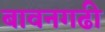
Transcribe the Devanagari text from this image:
बावनगढी